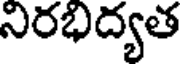
నిరభిద్యత